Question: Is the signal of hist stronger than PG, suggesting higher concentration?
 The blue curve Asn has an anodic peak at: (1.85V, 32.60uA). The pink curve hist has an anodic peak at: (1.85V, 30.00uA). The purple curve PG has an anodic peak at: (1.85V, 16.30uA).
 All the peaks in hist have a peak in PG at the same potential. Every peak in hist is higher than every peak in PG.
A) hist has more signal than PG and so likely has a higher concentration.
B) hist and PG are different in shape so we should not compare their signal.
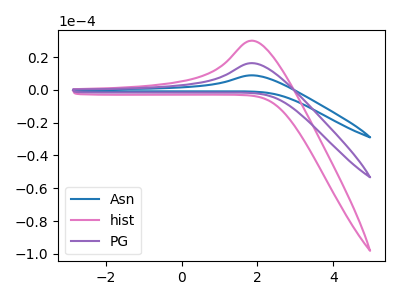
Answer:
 <answer>A) "hist" has more signal than "PG" and so likely has a higher concentration.</answer>
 <eval>A</eval>